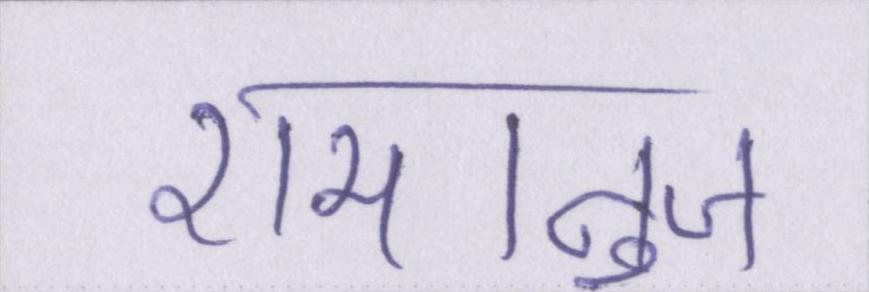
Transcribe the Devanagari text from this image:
रामानुज